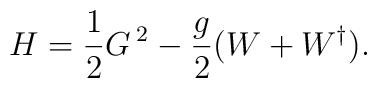
H = \frac 12 G^{\: 2} - \frac g2 ( W + W^{\dagger} ).